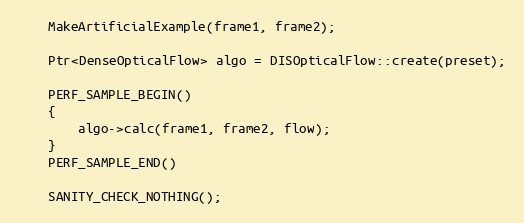
Language: C++
    MakeArtificialExample(frame1, frame2);

    Ptr<DenseOpticalFlow> algo = DISOpticalFlow::create(preset);

    PERF_SAMPLE_BEGIN()
    {
        algo->calc(frame1, frame2, flow);
    }
    PERF_SAMPLE_END()

    SANITY_CHECK_NOTHING();